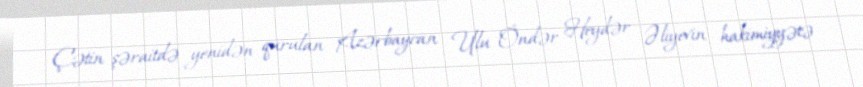
Çətin şəraitdə yenidən qurulan Azərbaycan Ulu Öndər Heydər Əliyevin hakimiyyətə